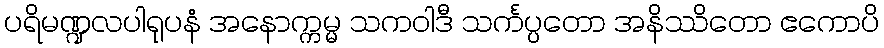
ပရိမဏ္ဍလပါရုပနံ အနောက္ကမ္မ သကဝါဒီ သင်္ကပ္ပတော အနိဿိတော ဧကောပိ